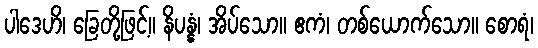
ပါဒေဟိ၊ ခြေတို့ဖြင့်။ နိပန္နံ၊ အိပ်သော။ ဧကံ၊ တစ်ယောက်သော။ စောရံ၊